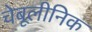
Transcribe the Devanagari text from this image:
चेबूलीनिक